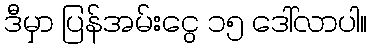
ဒီမှာ ပြန်အမ်းငွေ ၁၅ ဒေါ်လာပါ။